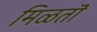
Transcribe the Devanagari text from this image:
मिळतॊ